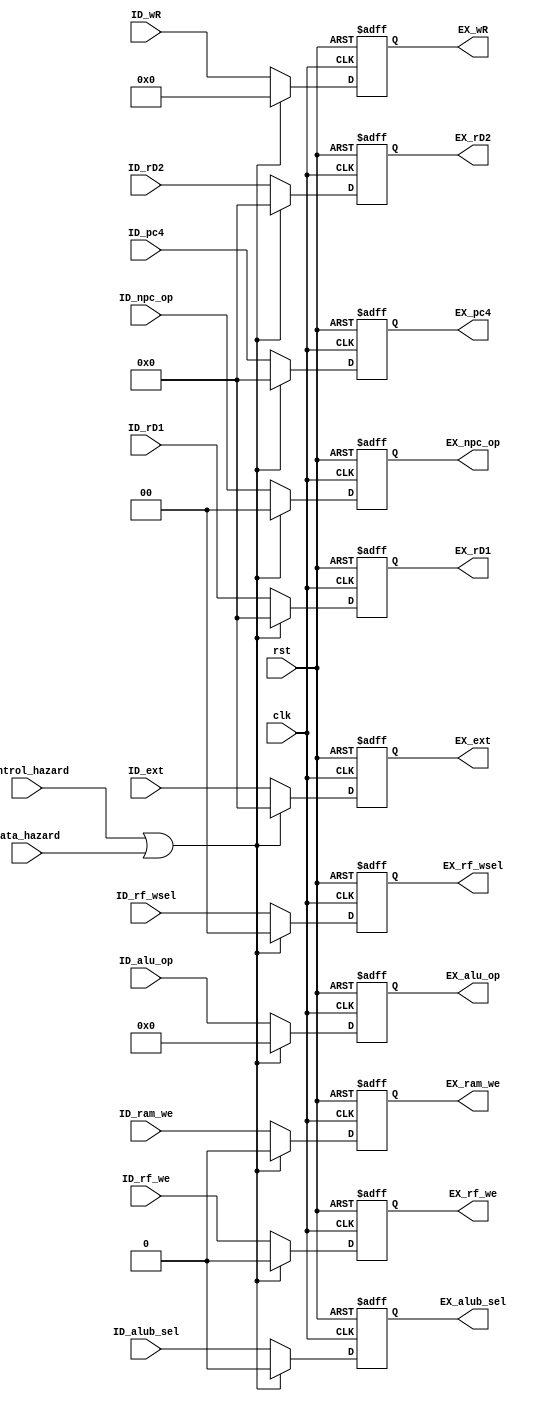
module ID_EX(
  input wire clk,
  input wire rst,

  input wire[1:0] ID_npc_op,
  input wire ID_ram_we,
  input wire[3:0] ID_alu_op,
  input wire ID_alub_sel,
  input wire ID_rf_we,
  input wire[1:0] ID_rf_wsel,
  input wire[4:0] ID_wR,
  input wire[31:0] ID_pc4,
  input wire[31:0] ID_rD1,
  input wire[31:0] ID_rD2,
  input wire[31:0] ID_ext,

  output reg[1:0] EX_npc_op,
  output reg EX_ram_we,
  output reg[3:0] EX_alu_op,
  output reg EX_alub_sel,
  output reg EX_rf_we,
  output reg[1:0] EX_rf_wsel,
  output reg[4:0] EX_wR,
  output reg[31:0] EX_pc4,
  output reg[31:0] EX_rD1,
  output reg[31:0] EX_rD2,
  output reg[31:0] EX_ext,

  input wire control_hazard,//two hazard have the same flush
  input wire data_hazard
);

always @(posedge clk or posedge rst) begin
  if(rst) EX_npc_op<=0;
  else if(control_hazard | data_hazard) EX_npc_op<=0;
  else EX_npc_op <= ID_npc_op;
end

always @(posedge clk or posedge rst) begin
  if(rst) EX_ram_we<=0;
  else if(control_hazard | data_hazard) EX_ram_we<=0;
  else EX_ram_we <= ID_ram_we;
end

always @(posedge clk or posedge rst) begin
  if(rst) EX_alu_op<=0;
  else if(control_hazard | data_hazard) EX_alu_op<=0;
  else EX_alu_op <= ID_alu_op;
end

always @(posedge clk or posedge rst) begin
  if(rst) EX_alub_sel<=0;
  else if(control_hazard | data_hazard) EX_alub_sel<=0;
  else EX_alub_sel <= ID_alub_sel;
end

always @(posedge clk or posedge rst) begin
  if(rst) EX_rf_we<=0;
  else if(control_hazard | data_hazard) EX_rf_we<=0;
  else EX_rf_we <= ID_rf_we;
end

always @(posedge clk or posedge rst) begin
  if(rst) EX_rf_wsel<=0;
  else if(control_hazard | data_hazard) EX_rf_wsel<=0;
  else EX_rf_wsel <= ID_rf_wsel;
end

always @(posedge clk or posedge rst) begin
  if(rst) EX_wR<=0;
  else if(control_hazard | data_hazard) EX_wR<=0;
  else EX_wR <= ID_wR;
end

always @(posedge clk or posedge rst) begin
  if(rst) EX_pc4<=0;
  else if(control_hazard | data_hazard) EX_pc4<=0;
  else EX_pc4 <= ID_pc4;
end

always @(posedge clk or posedge rst) begin
  if(rst) EX_rD1<=0;
  else if(control_hazard | data_hazard) EX_rD1<=0;
  else EX_rD1 <= ID_rD1;
end

always @(posedge clk or posedge rst) begin
  if(rst) EX_rD2<=0;
  else if(control_hazard | data_hazard) EX_rD2<=0;
  else EX_rD2 <= ID_rD2;
end

always @(posedge clk or posedge rst) begin
  if(rst) EX_ext<=0;
  else if(control_hazard | data_hazard) EX_ext<=0;
  else EX_ext <= ID_ext;
end

endmodule